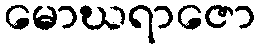
မောဃရာဇော